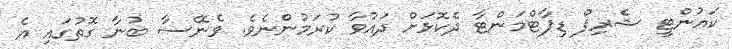
ކައުންޓީ ޝެރިފް ޑިޕާޓްމަންޓާ ދެކޮޅަށް ދައުވާ ކުރަމުންނެވެ. ވެނޭސާ ބުނާ ގޮތުގައި އެ